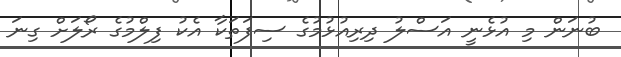
ބުނަން މި އުޅެނީ އަސްލު ދިރިއުޅުމުގެ ސިފަތަކާ އެކު ފިލްމުގެ ރޯލަށް ގިނަ